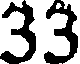
33